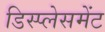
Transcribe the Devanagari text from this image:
डिस्प्लेसमेंट